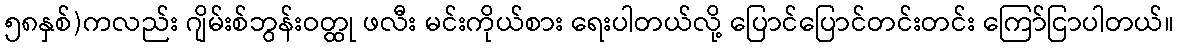
၅၈နှစ်)ကလည်း ဂျိမ်းစ်ဘွန်းဝတ္ထု ဖလီး မင်းကိုယ်စား ရေးပါတယ်လို့ ပြောင်ပြောင်တင်းတင်း ကြော်ငြာပါတယ်။